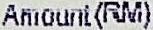
AMOUNT(RM)